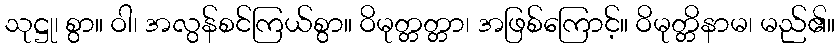
သုဋ္ဌု၊ စွာ။ ဝါ၊ အလွန်စင်ကြယ်စွာ။ ဝိမုတ္တတ္တာ၊ အဖြစ်ကြောင့်။ ဝိမုတ္တိနာမ၊ မည်၏။